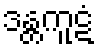
ဒန္တကူဋံ